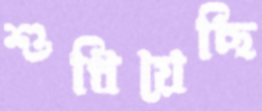
শুধিয়েছি